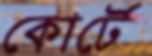
কোর্টে